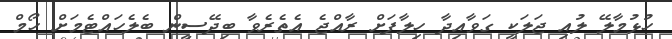
ހުޅުމާލޭ ލުއި ޖަލަކީ ގަވާއިދާ ހިލާފަށް ރާއްޖެ އެތެރެވާ ބިދޭސީން ބެލެހައްޓެމަށް ހޯމް